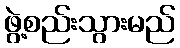
ဖွဲ့စည်းသွားမည်